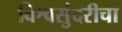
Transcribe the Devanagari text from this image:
विश्वसुंदरीचा